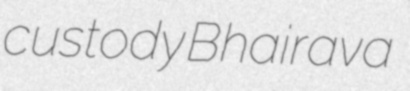
custody Bhairava